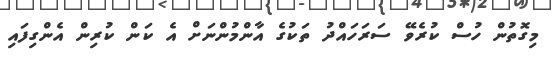
މިގޮތުން ހުސް ކުރެވޭ ސަރަހައްދު ތަކުގެ އާންމުންނަށް އެ ކަން ކުރިން އެންގިފައި